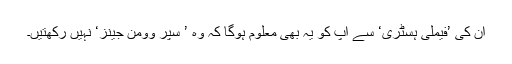
ان کی ’فیملی ہسٹری‘ سے آپ کو یہ بھی معلوم ہوگا کہ وہ ’ سپر وومن جینز‘ نہیں رکھتیں۔